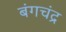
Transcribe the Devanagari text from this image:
बंगचंद्र